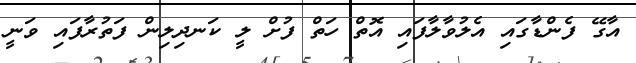
އާގޭ ފެންޑާގައި އެލުވާލާފައި އޮތް ހަތް ފުށް ލީ ކަނދިލިން ފަތުރާފައި ވަނީ